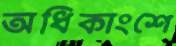
অধিকাংশে